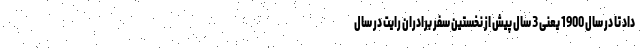
داد تا در سال 1900 یعنی 3 سال پیش از نخستین سفر برادران رایت در سال